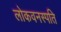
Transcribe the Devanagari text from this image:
लोकवनस्पति